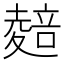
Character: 𭐭